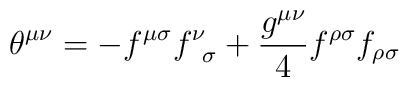
{\theta}^{{\mu}{\nu}}=-f^{{\mu}{\sigma}}f^{\nu}_{\;\;{\sigma}}+\frac{g^{{\mu}{\nu}}}{4}f^{{\rho}{\sigma}}f_{{\rho}{\sigma}}